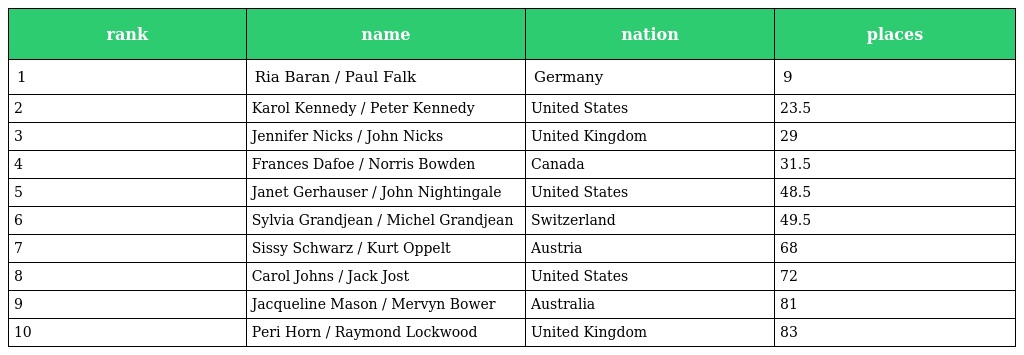
| rank | name | nation | places |
 | --- | --- | --- | --- |
 | 1 | Ria Baran / Paul Falk | Germany | 9 |
 | 2 | Karol Kennedy / Peter Kennedy | United States | 23.5 |
 | 3 | Jennifer Nicks / John Nicks | United Kingdom | 29 |
 | 4 | Frances Dafoe / Norris Bowden | Canada | 31.5 |
 | 5 | Janet Gerhauser / John Nightingale | United States | 48.5 |
 | 6 | Sylvia Grandjean / Michel Grandjean | Switzerland | 49.5 |
 | 7 | Sissy Schwarz / Kurt Oppelt | Austria | 68 |
 | 8 | Carol Johns / Jack Jost | United States | 72 |
 | 9 | Jacqueline Mason / Mervyn Bower | Australia | 81 |
 | 10 | Peri Horn / Raymond Lockwood | United Kingdom | 83 |